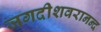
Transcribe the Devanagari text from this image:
जगदीशवरानन्द